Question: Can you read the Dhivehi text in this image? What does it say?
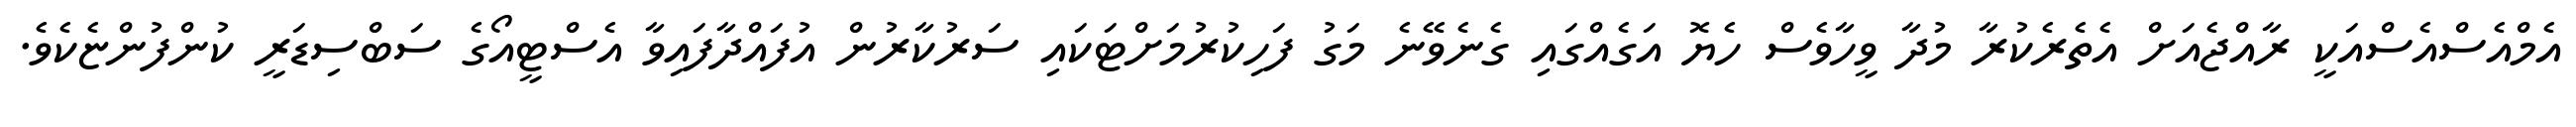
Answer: އެމްއެސްއެސްއަކީ ރާއްޖެއަށް އެތެރެކުރާ މުދާ ވީހާވެސް ހެޔޮ އަގެއްގައި ގެނެވޭނެ މަގު ފަހިކުރުމަށްޓަކައި ސަރުކާރުން އުފައްދާފައިވާ އެސްޓީއޯގެ ސަބްސިޑަރީ ކުންފުންޏެކެވެ.